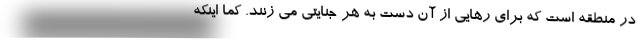
در منطقه است که برای رهایی از آن دست به هر جنایتی می زنند. کما اینکه